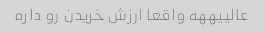
عالییههه واقعا ارزش خریدن رو داره